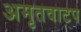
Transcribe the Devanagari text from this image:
अमृतवाटप